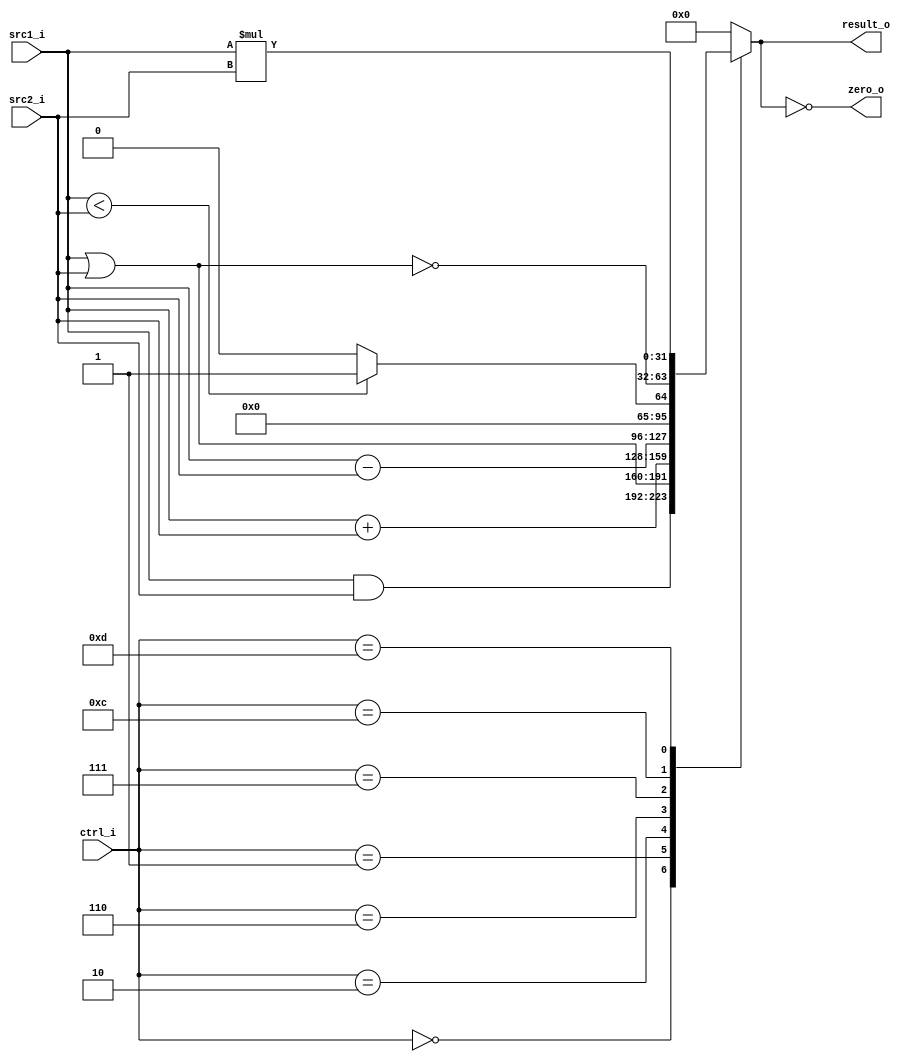
// 109550182

module ALU (src1_i, src2_i, ctrl_i, result_o, zero_o);
     
//I/O ports
input  [32-1:0]  src1_i;
input  [32-1:0]	 src2_i;
input  [4-1:0]   ctrl_i;

output reg  [32-1:0] result_o;
output wire          zero_o;

//Main function 
assign zero_o = (result_o == 0);
always @(ctrl_i, src1_i, src2_i) begin
    case (ctrl_i)
        4'b0000: result_o <= src1_i & src2_i;
        4'b0001: result_o <= src1_i | src2_i;
        4'b0010: result_o <= src1_i + src2_i;
        4'b0110: result_o <= src1_i - src2_i;
        4'b0111: result_o <= (src1_i < src2_i) ? 1 : 0;
        4'b1100: result_o <= ~(src1_i | src2_i);
        4'b1101: result_o <= src1_i * src2_i;
        default: result_o <= 0;
    endcase
end

endmodule